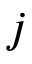
j